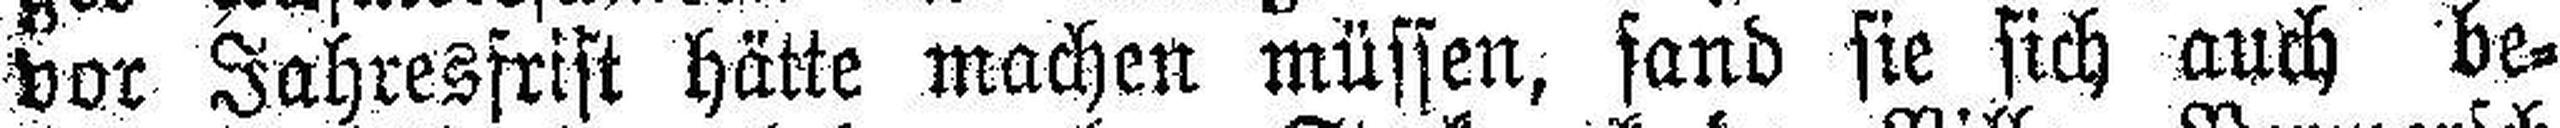
vor Jahresfrist hätte machen müssen, fand sie sich auch be¬